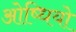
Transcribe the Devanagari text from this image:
ओष्धियो